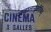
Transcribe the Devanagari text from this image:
जवालामुखीविद्